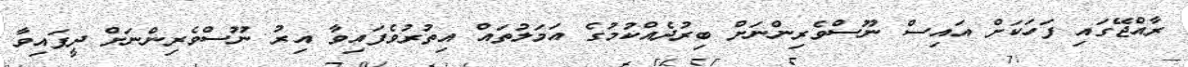
ރާއްޖޭގައި ފަހަކަށް އައިސް ނޫސްވެރިންނަށް ބިރުދެއްކުމުގެ އަމަލުތައް އިތުރުވެފައިވާ އިރު ނޫސްވެރިންނަށް ދީފައިވާ